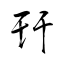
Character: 幵